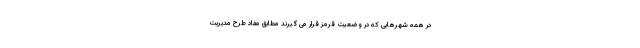
در همه شهرهایی که در وضعیت قرمز قرار می گیرند مطابق مفاد طرح مدیریت